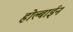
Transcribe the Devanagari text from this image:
होल्बाईन